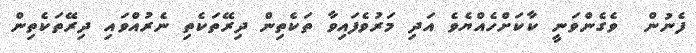
ފެނުން  ވެގެންވަނީ ކާކަށްހެއްޔެވެ އަދި މަރުވެފައިވާ ތަކެތިން ދިރޭތަކެތި ނެރުއްވައި ދިރޭތަކެތިން